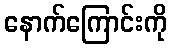
နောက်ကြောင်းကို